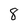
Character: 8